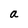
Character: a